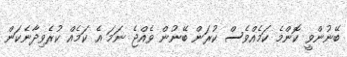
ބޭނުންވީ ކޮންމެ ކަމެއްވެސް ކުރަން ބޭނުން ވެއްޖެ ނަމަ އެ ކަމެއް ކުރެވިދާނެކަން